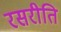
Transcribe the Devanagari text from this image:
रसरीति